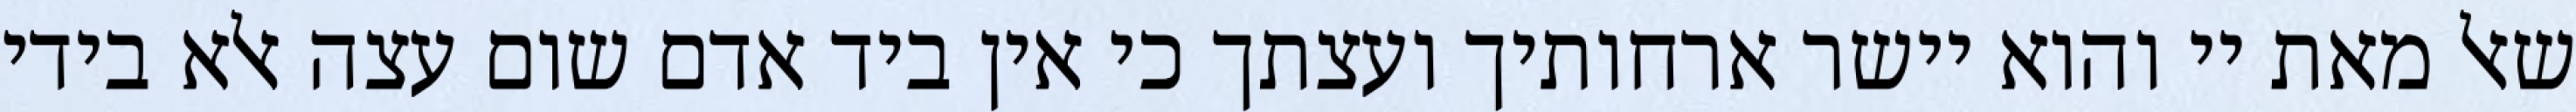
שאל מאת יי והוא יישר ארחותיך ועצתך כי אין ביד אדם שום עצה אלא בידי